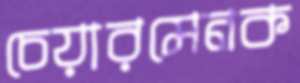
চেয়ারমেনক